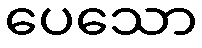
ပေသော